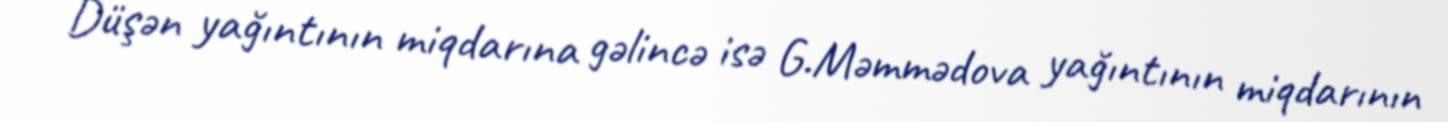
Düşən yağıntının miqdarına gəlincə isə G.Məmmədova yağıntının miqdarının